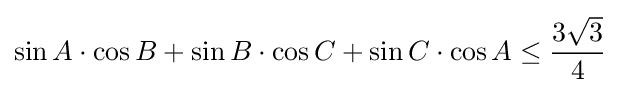
\sin A\cdot \cos B+\sin B\cdot \cos C+\sin C\cdot \cos A\leq {\frac {3{\sqrt {3}}}{4}}